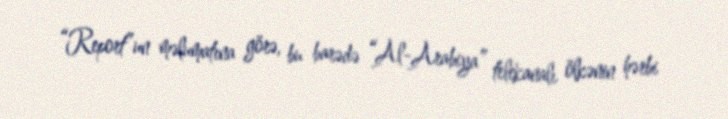
“Report”un məlumatına görə, bu barədə “Al-Arabiya” telekanalı ölkənin hərbi